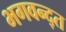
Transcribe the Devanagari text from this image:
भगवन्द्त